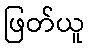
ဖြတ်ယူ